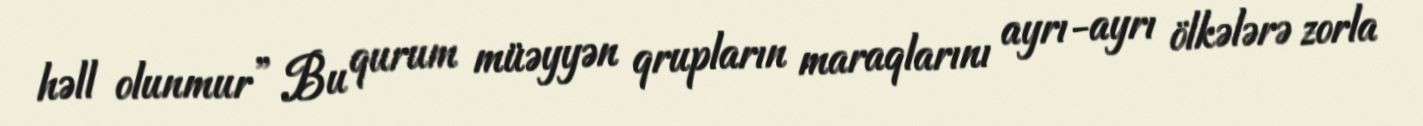
həll olunmur” Bu qurum müəyyən qrupların maraqlarını ayrı-ayrı ölkələrə zorla